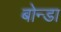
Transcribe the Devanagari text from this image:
बोन्डा